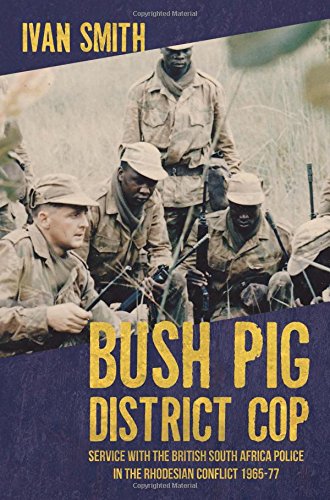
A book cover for Bush Pig - District Cop: Service with the British South Africa Police in the Rhodesian Conflict 1965-79; Ivan Smith; History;